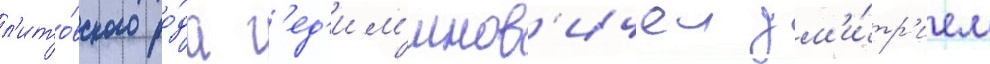
л'ито́вского ро́да г'ед'им'инов'ичеи дм'и́тр'ием